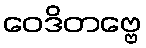
ဝေဒိတဗ္ဗေ